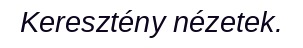
Keresztény nézetek.